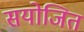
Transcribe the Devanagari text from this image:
सयोजित